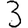
Digit: 3